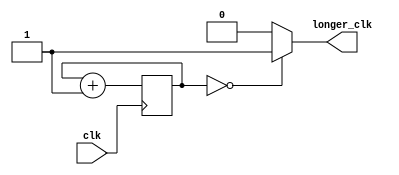
`timescale 1ns / 1ps
// Creates a clock "tick" called longer_clk, which has enough bits to slow down 
// the display to visible frequency. This takes the 50 MHz oscillator frequency of
// Spartan-3 down to (50 x 10**6) / (2**24), which is approximately 3Hz.
//////////////////////////////////////////////////////////////////////////////////
module freq_divider(
	input wire clk,
	output wire longer_clk
    );
	//inner signal, 
	reg [23:0] delayer; 
	
	always @ (posedge clk)
		delayer <= delayer + 1;
	
	assign longer_clk = (delayer == 0) ? 1: 0;
	//Note: longer_clk always starts as ON at Time == 0
endmodule// freq_divider